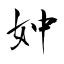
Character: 妕